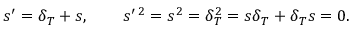
s ^ { \prime } = \delta _ { T } + s , \quad \quad s ^ { \prime \, 2 } = s ^ { 2 } = \delta _ { T } ^ { 2 } = s \delta _ { T } + \delta _ { T } s = 0 .